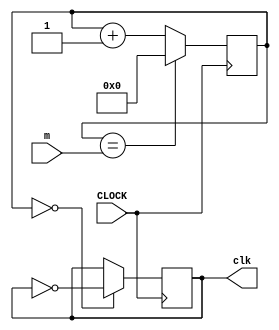
`timescale 1ns / 1ps
//////////////////////////////////////////////////////////////////////////////////
// Company: 
// Engineer: 
// 
// Design Name: 
// Module Name: sun_clk
// Project Name: 
// Target Devices: 
// Tool Versions: 
// Description: 
// 
// Dependencies: 
// 
// Revision:
// Revision 0.01 - File Created
// Additional Comments:
// 
//////////////////////////////////////////////////////////////////////////////////


module sun_clk(
    input CLOCK,
    input [25:0] m,
    output reg clk = 0
    );
    
    reg [25:0] count = 0;
    
    always @(posedge CLOCK) begin
        count <= (count == m)?0:count + 1;
        clk <= (count == 0)?~clk:clk;
    end
endmodule